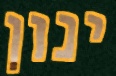
ינון